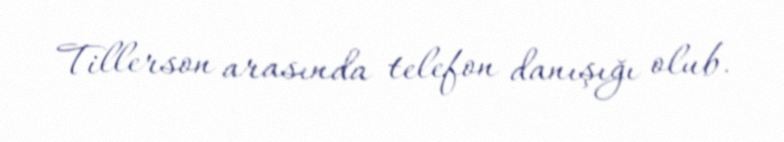
Tillerson arasında telefon danışığı olub.